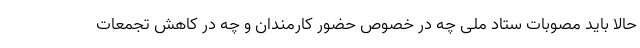
حالا باید مصوبات ستاد ملی چه در خصوص حضور کارمندان و چه در کاهش تجمعات